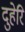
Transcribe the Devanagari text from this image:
दुहेरि